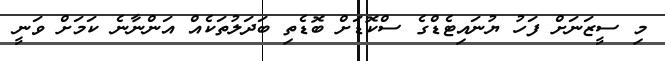
މި ސީޒަނަށް ފަހު ޔުނައިޓެޑްގެ ސްކޮޑަށް ބޮޑެތި ބަދަލުތަކެއް އަންނާނެ ކަމަށް ވަނީ